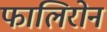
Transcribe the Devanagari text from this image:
फालिरोन